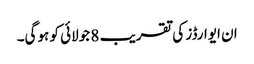
ان ایوارڈز کی تقریب 8 جولائی کو ہوگی۔